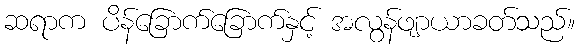
ဆရာက ပိန်ခြောက်ခြောက်နှင့် အလွန်ဖျာယာခတ်သည်။